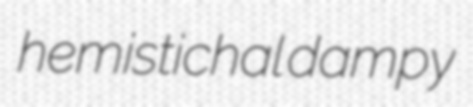
hemistichal dampy